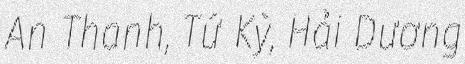
An Thanh, Tứ Kỳ, Hải Dương